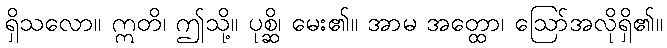
ရှိသလော။ ဣတိ၊ ဤသို့။ ပုစ္ဆိ၊ မေး၏။ အာမ အတ္ထော၊ ဩော်အလိုရှိ၏။